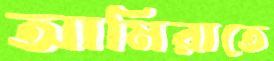
আমিরাতে